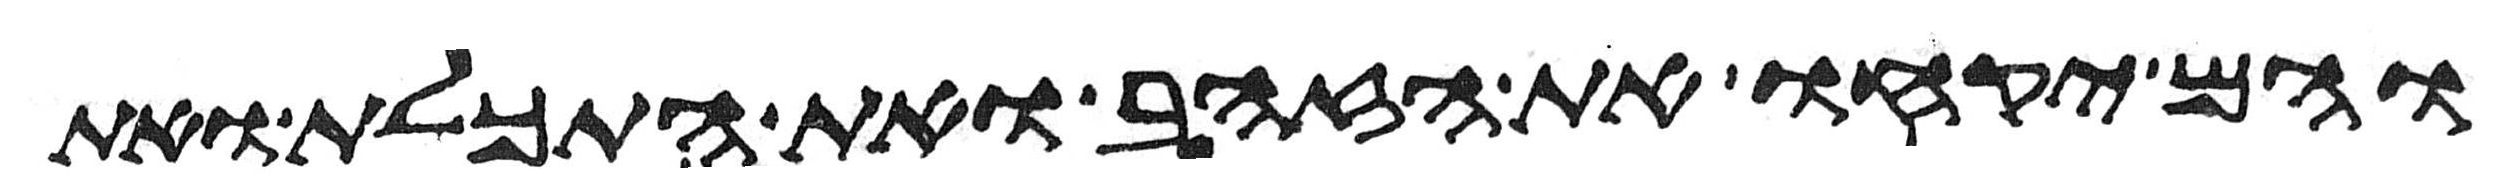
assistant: והם יקחו את הזהב ואת התכלת ואת